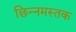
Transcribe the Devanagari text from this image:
छिन्नमस्तक